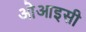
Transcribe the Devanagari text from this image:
ओआइसी